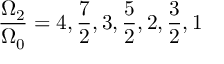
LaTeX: \frac { \Omega _ { 2 } } { \Omega _ { 0 } } = 4 , \frac { 7 } { 2 } , 3 , \frac { 5 } { 2 } , 2 , \frac { 3 } { 2 } , 1